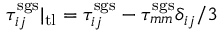
\tau _ { i j } ^ { \mathrm { s g s } } | _ { \mathrm { t l } } = \tau _ { i j } ^ { \mathrm { s g s } } - \tau _ { m m } ^ { \mathrm { s g s } } \delta _ { i j } / 3